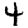
Digit: 4